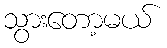
သွားတော့မယ်